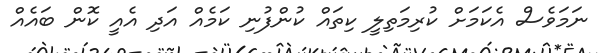
ނަމަވެސް އެކަމަށް ކުރިމަތިލީ ކިތައް ކުންފުނި ކަމެއް އަދި އެއީ ކޮން ބައެއް